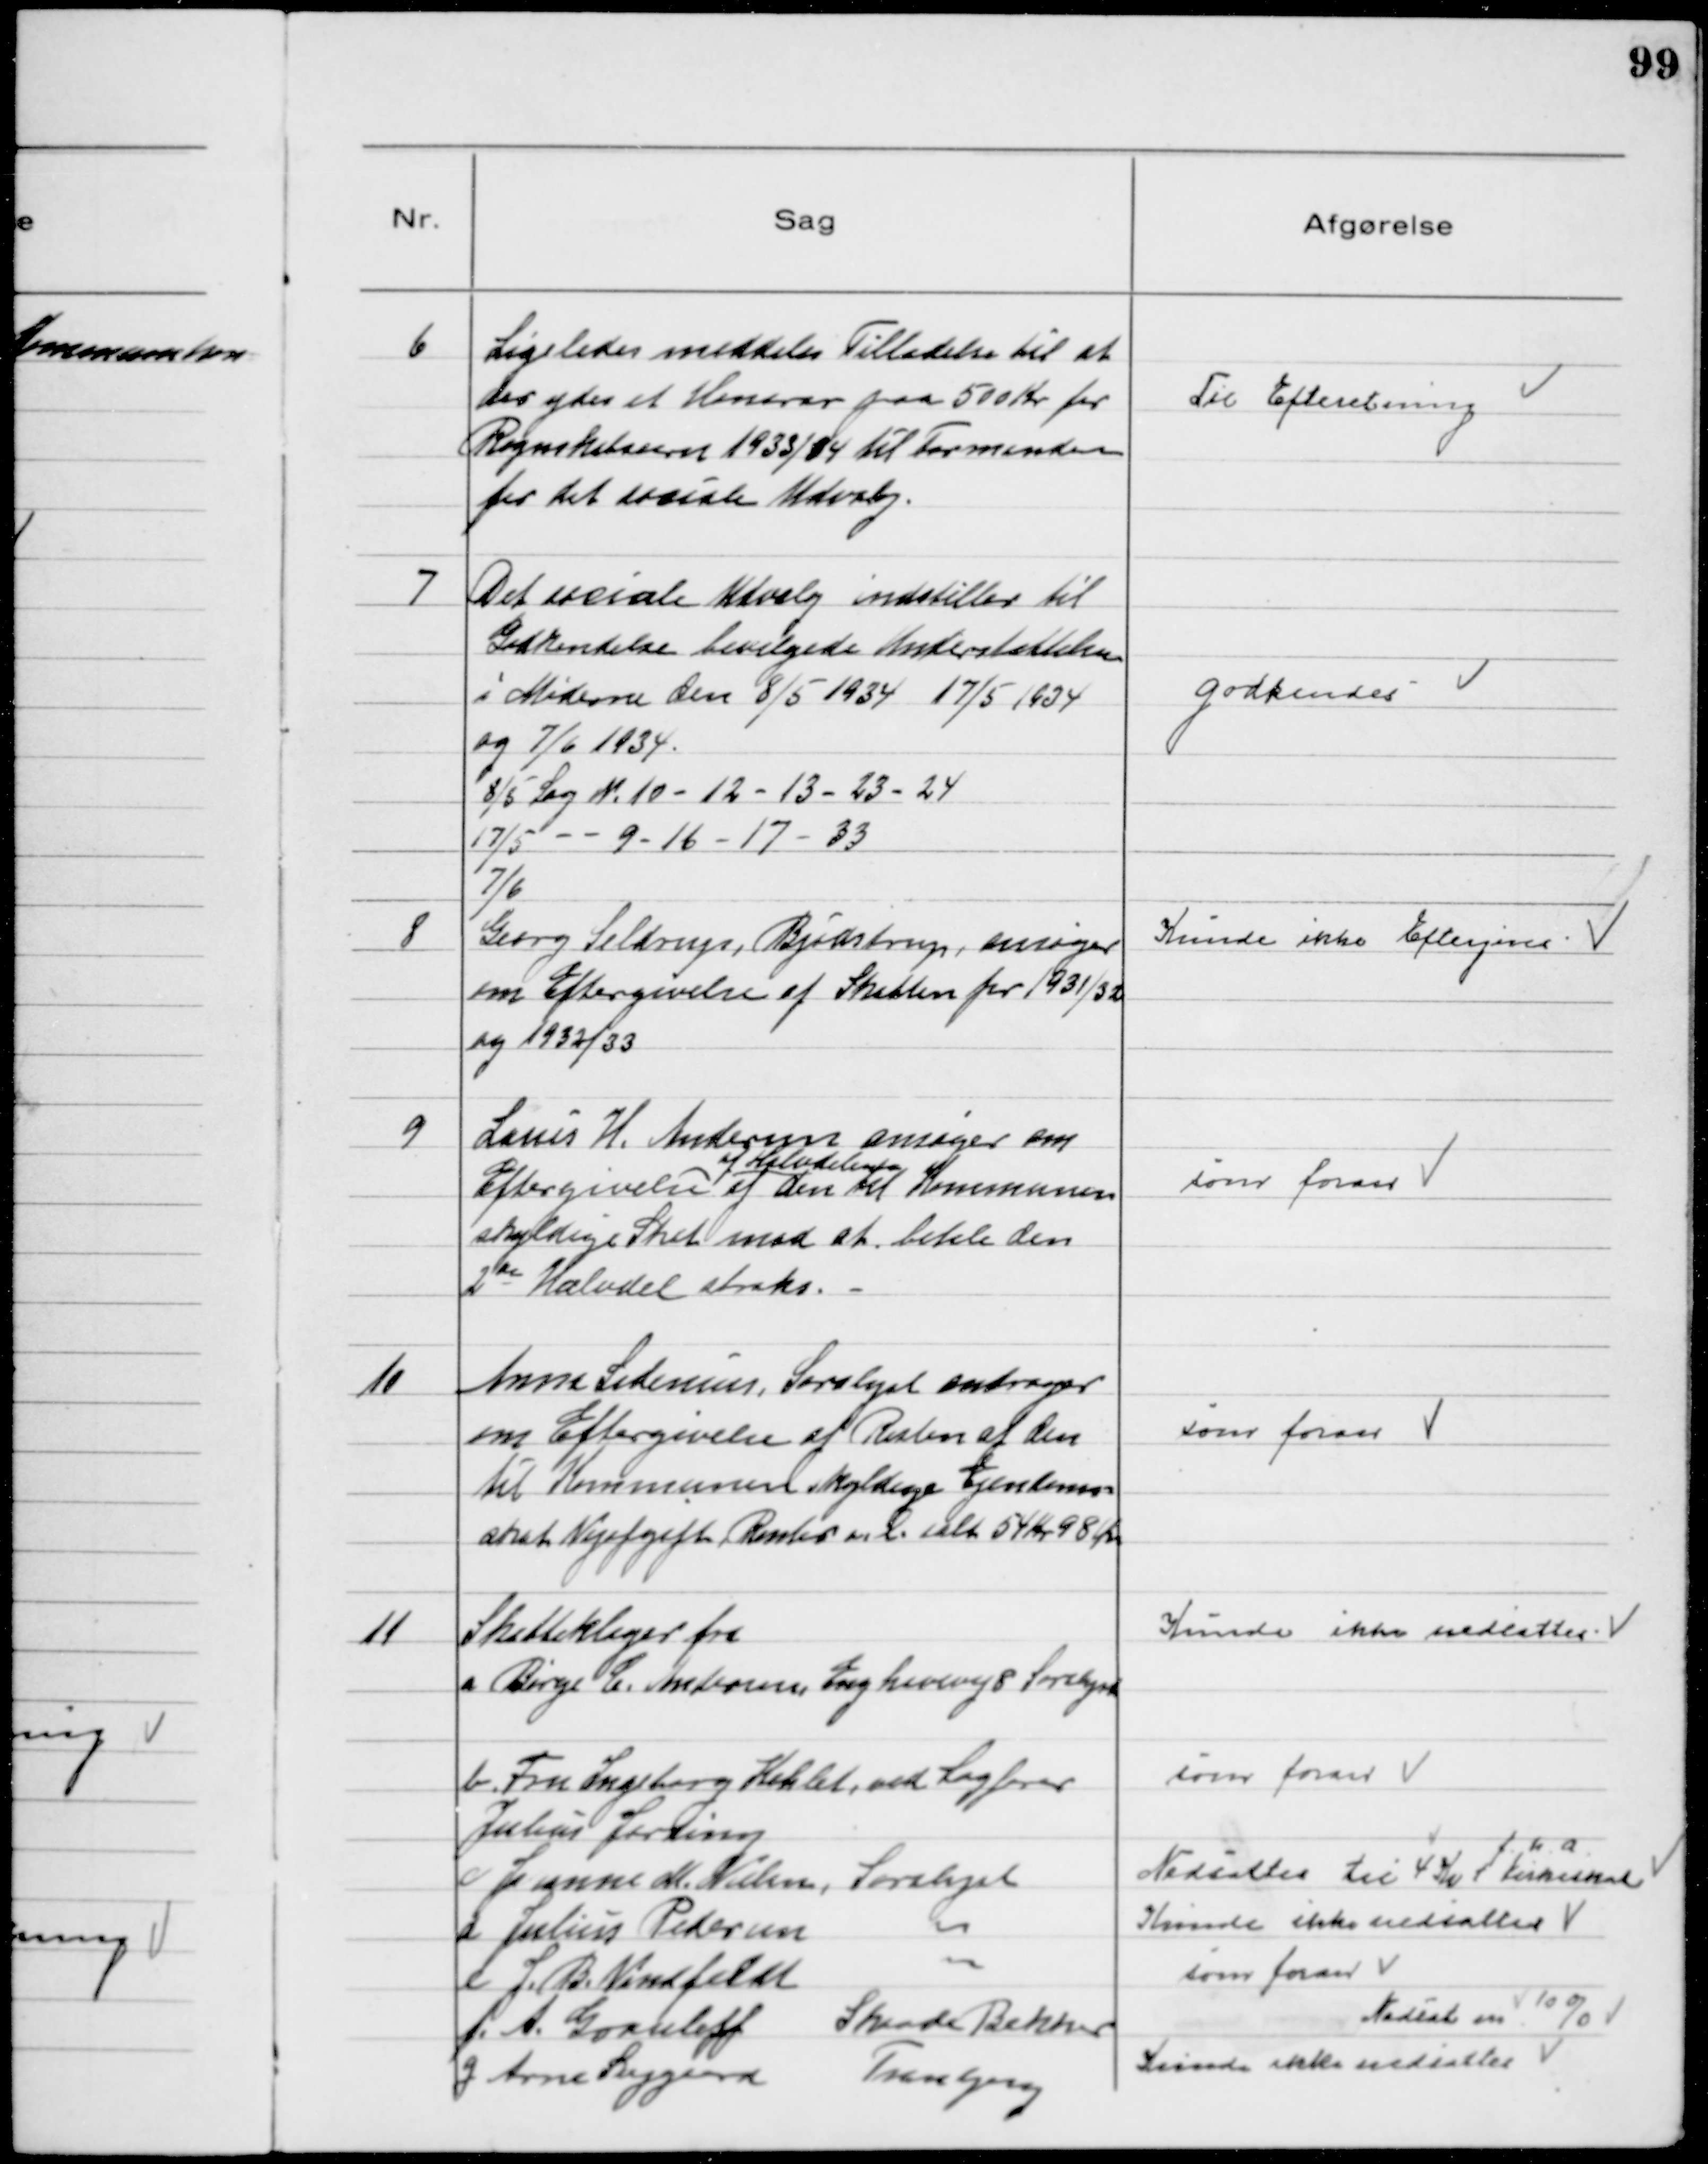
Transskription:
6
Ligeledes meddeles Tilladelse til at
der ydes et Honorar paa 500 Kr for
Regnskabsaaret 1933/34 til Formanden
for det sociale Udvalg.

Til Efteretning

7
Det sociale Udvalg indstiller til
Godkendelse bevilgede Understøttelser
i Møderne den 8/5 1934 17/5 1934
og 7/6 1934.
8/5 Sag № 10 - 12 - 13 - 23 - 24
17/5 - - 9 - 16 - 17 - 33
7/6

godkendes

8
Georg Seldrup, Bjødstrup, ansøger
om Eftergivelse af Skatten for 1931/32
og 1932/33

Kunde ikke Eftergives

9
Louis H. Andersen ansøger om
Eftergivelse
af Halvdelen
af den til Kommunen
skyldige Skat mod at betale den
2de Halvdel straks.

som foran

10
Anne Sidenius, Saralyst andrager
om Eftergivelse af Resten af den
til Kommunen skyldige Ejendoms-
skat Vejafgift Renter ml. ialt 54 Kr 98 Øre

som foran

11
Skatteklage fra
a Børge C. Andersen, Enghavevej 8 Saralyst

Kunde ikke nedsættes

b Fru Ingeborg Kehlet, ved Sagfører
Julius Jerding

som foran

c Jeanne M. Nielsen, Saralyst

Nedsattes til 4 Kr
f.h.a.
+ Kirkeskat

d Julius Pedersen ⁓

Kunde ikke nedsættes

e J. B. Vindfeldt ⁓

som foran

f. A. Grouleff Skaade Bakker

Nedsat m 10%

g Arne Sejgaard Tranbjerg

Kunde ikke nedsættes